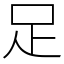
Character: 足